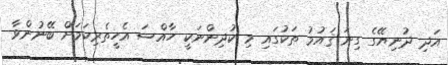
އަދި ދުނިޔޭގެ ގިނަ ޤައުމު ތަކުގައި މި ކުދިންނަކީ ހާއްސަ އެހީތެރިކަމަށް ބޭނުންވާ